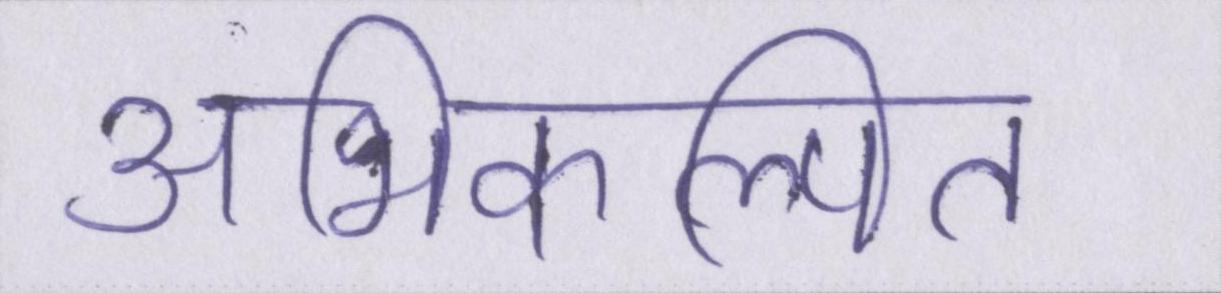
अभिकल्पित